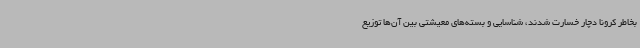
بخاطر کرونا دچار خسارت شدند، شناسایی و بسته‌های معیشتی بین آن‌ها توزیع